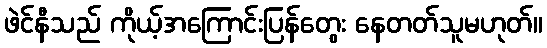
ဖဲင်နီသည် ကိုယ့်အကြောင်းပြန်တွေး နေတတ်သူမဟုတ်။